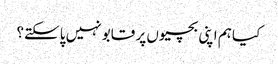
کیا ہم اپنی بچیوں پر قابو نہیں پاسکتے؟